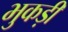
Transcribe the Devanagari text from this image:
भुकड़ी